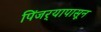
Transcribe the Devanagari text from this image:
पिंजर्‍यापासून